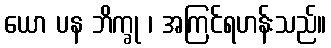
ယော ပန ဘိက္ခု ၊ အကြင်ရဟန်းသည်။